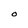
Character: O